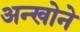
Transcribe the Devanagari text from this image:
अन्खोने